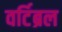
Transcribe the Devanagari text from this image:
वर्टिब्रल